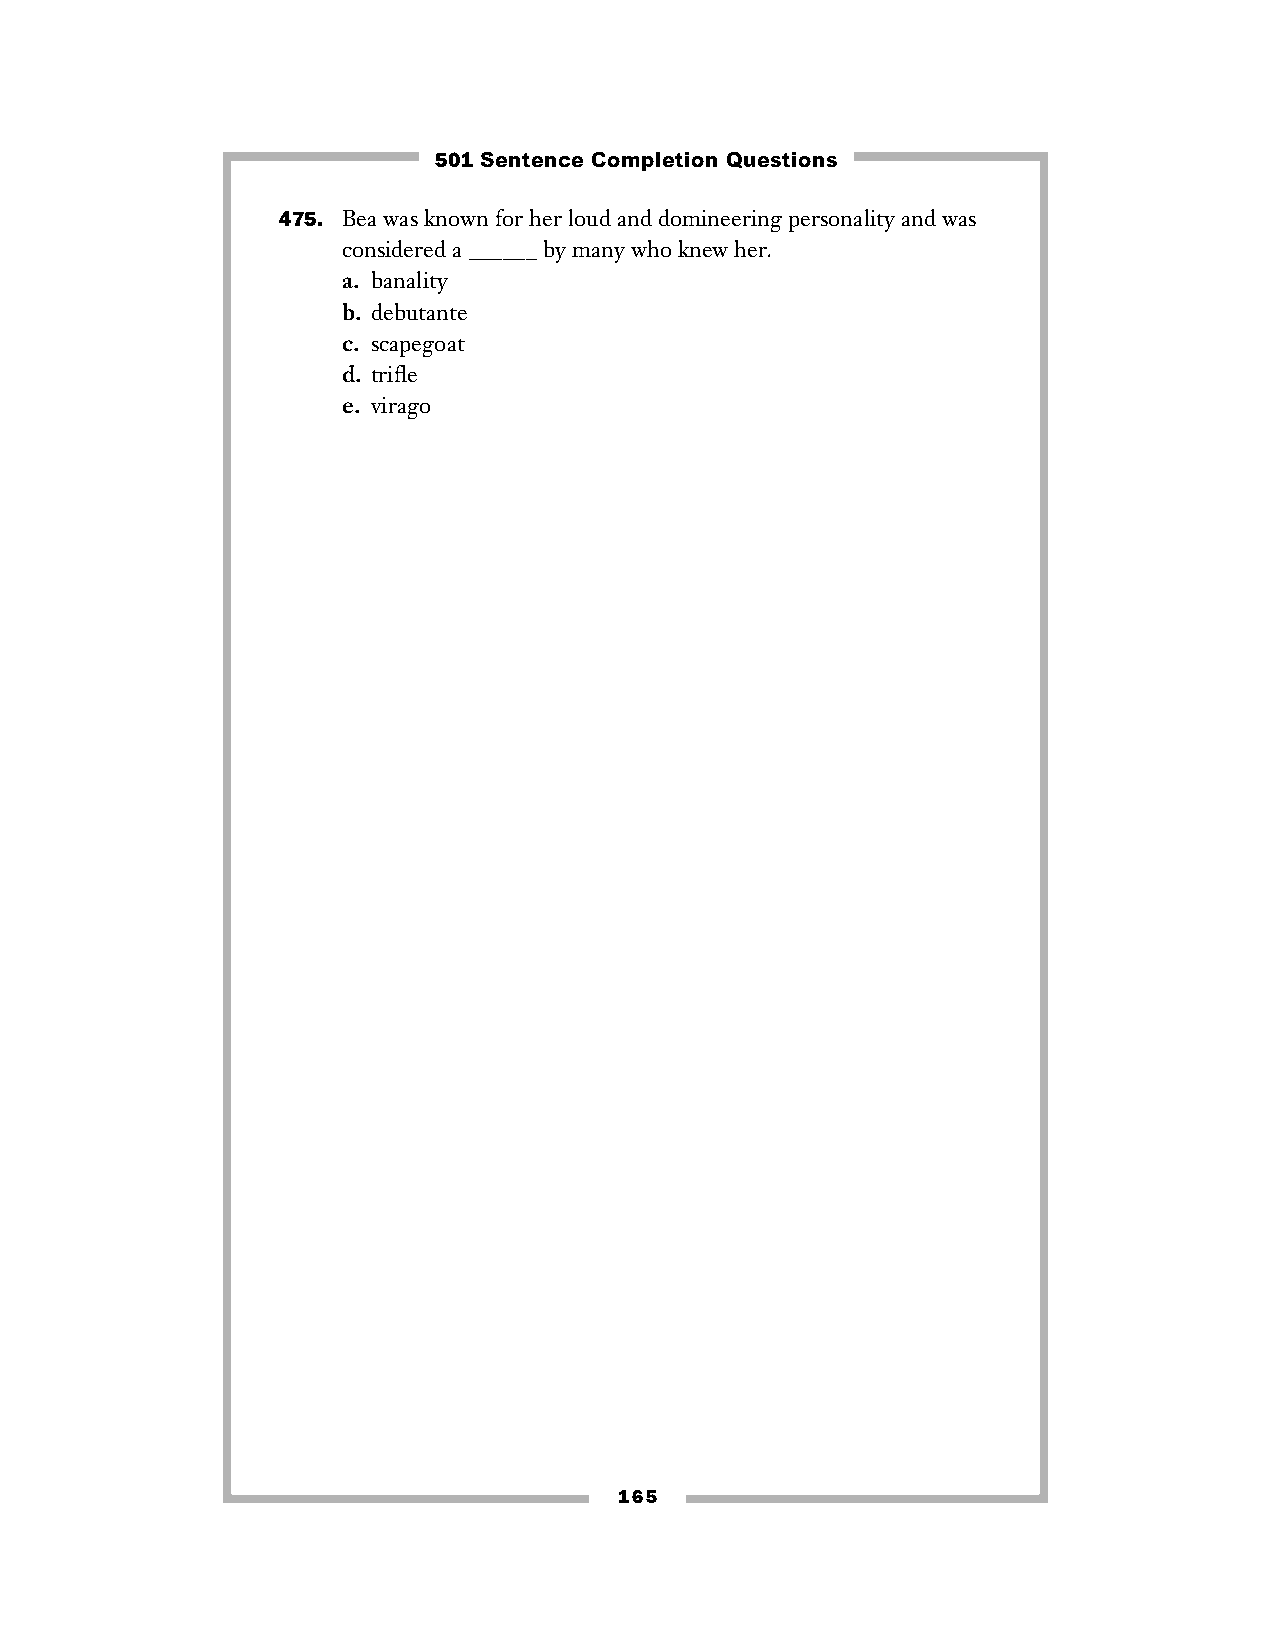
501 Sentence Completion Questions
 475. Bea was known for her loud and domineering personality and was
 considered a ______ by many who knew her.
 a. banality
 b. debutante
 c. scapegoat
 d. trifle
 e. virago
 165